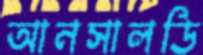
আনসালডি